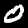
Label: 0